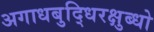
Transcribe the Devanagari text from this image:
अगाधबुद्धिरक्षुब्धो